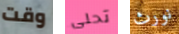
وقت تحلى نورث